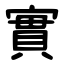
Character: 實